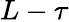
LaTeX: L-\tau